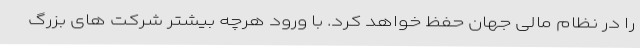
را در نظام مالی جهان حفظ خواهد کرد. با ورود هرچه بیشتر شرکت های بزرگ